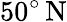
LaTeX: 50^{\circ}\, \mathrm{N}